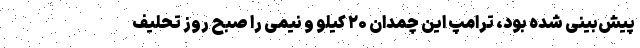
پیش‌بینی‌ شده بود، ترامپ این چمدان ۲۰ کیلو و نیمی را صبح روز تحلیف